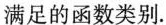
满足的函数类别.